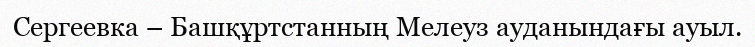
Сергеевка – Башқұртстанның Мелеуз ауданындағы ауыл.